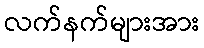
လက်နက်များအား